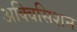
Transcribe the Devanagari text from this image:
अक्विसिशन